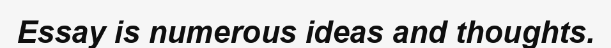
Essay is numerous ideas and thoughts.